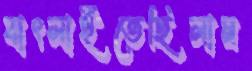
বাৎলাইতেছিলাম